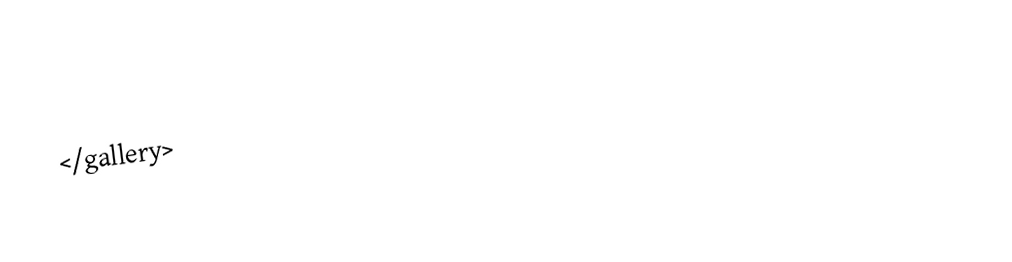
</gallery>